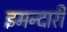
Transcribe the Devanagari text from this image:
इमन्दारी